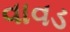
વાવડ